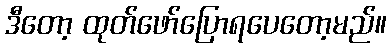
ဒီတော့ ထုတ်ဖော်ပြောရပေတော့မည်။